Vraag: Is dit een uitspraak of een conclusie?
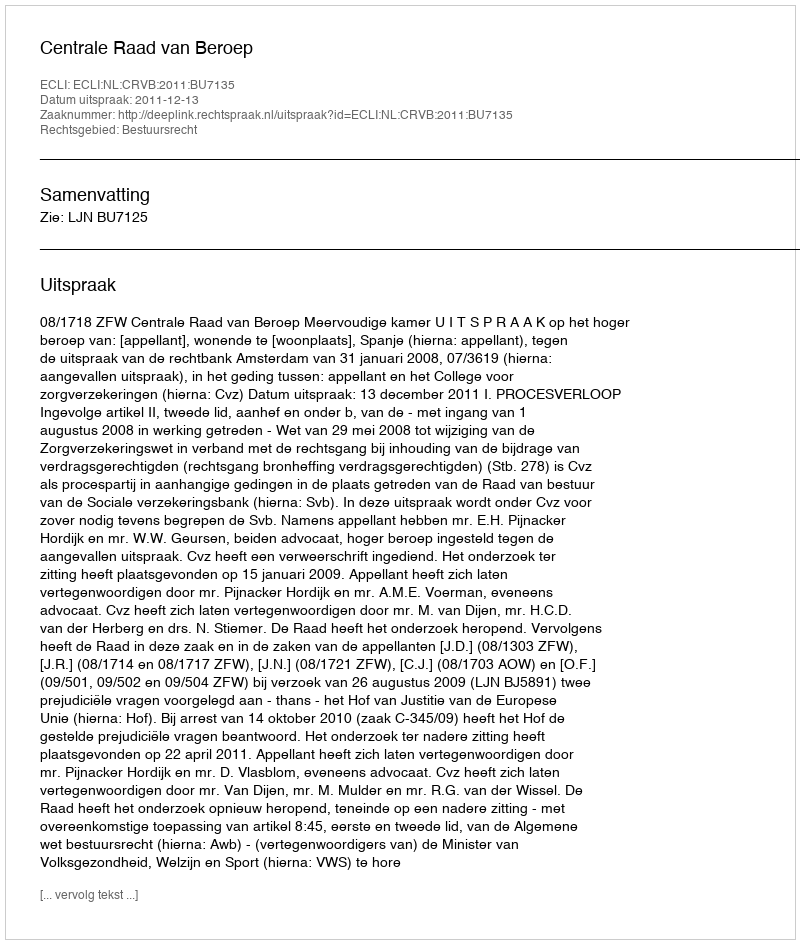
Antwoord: Uitspraak